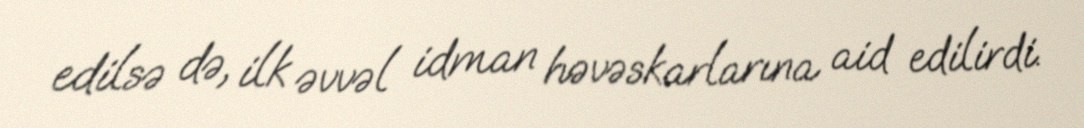
edilsə də, ilk əvvəl idman həvəskarlarına aid edilirdi.